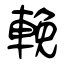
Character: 輓